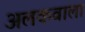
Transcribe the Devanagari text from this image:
अलकवाला